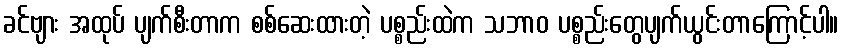
ခင်ဗျား အထုပ် ပျက်စီးတာက စစ်ဆေးထားတဲ့ ပစ္စည်းထဲက သဘာဝ ပစ္စည်းတွေပျက်ယွင်းတာကြောင့်ပါ။